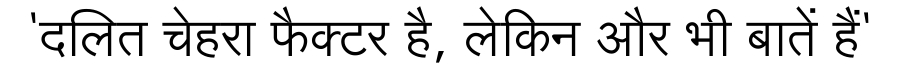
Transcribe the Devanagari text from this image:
'दलित चेहरा फैक्टर है, लेकिन और भी बातें हैं'